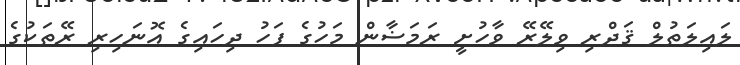
ލައިލަތުލް ޤަދްރި ވިލޭރޭ ވާހުށީ ރަމަޟާން މަހުގެ ފަހު ދިހައިގެ އޮނަހިރި ރޭތަކުގެ